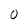
Character: O